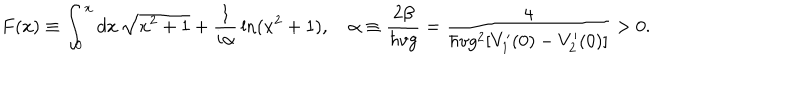
F ( x ) \equiv \int _ { 0 } ^ { x } d x \, \sqrt { x ^ { 2 } + 1 } + { \frac { 1 } { i \alpha } } \ln ( x ^ { 2 } + 1 ) , \quad \alpha \equiv { \frac { 2 \beta } { \hbar v g } } = { \frac { 4 } { \hbar v g ^ { 2 } [ V _ { 1 } ^ { \prime } ( 0 ) - V _ { 2 } ^ { \prime } ( 0 ) ] } } > 0 .